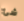
شئ